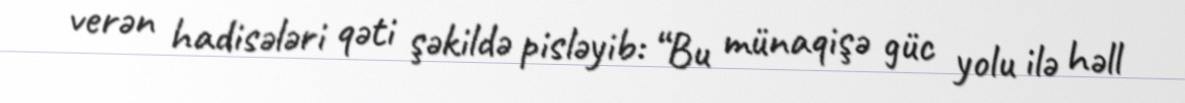
verən hadisələri qəti şəkildə pisləyib: “Bu münaqişə güc yolu ilə həll